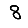
Digit: 8